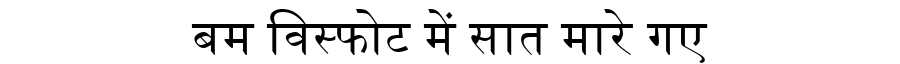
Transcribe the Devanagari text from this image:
बम विस्फोट में सात मारे गए